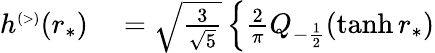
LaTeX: \begin{array}{rl}{h^{\scriptscriptstyle(>)}(r_{*})}&{{}=\sqrt{\frac{3}{\sqrt{5}}}\left\{ \frac{2}{\pi}Q_{-\frac{1}{2}}(\operatorname{tanh}r_{*})\right.}\end{array}